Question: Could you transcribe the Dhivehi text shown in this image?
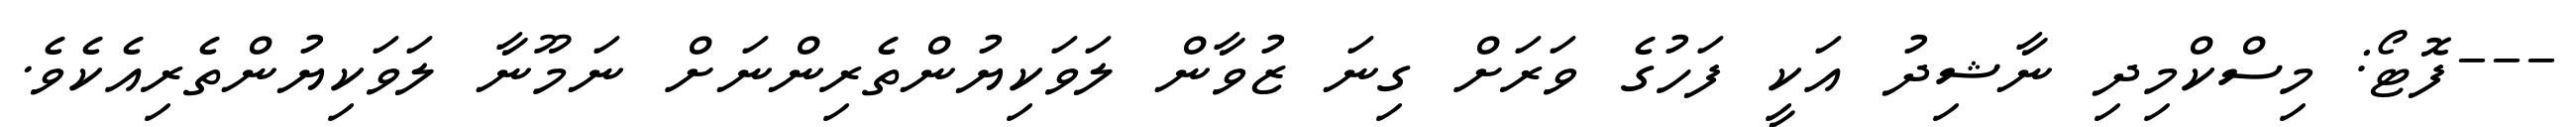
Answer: ---ފޮޓޯ: މިސްކްމިދި ނާޝިދު އަކީ ފަހުގެ ވަރަށް ގިނަ ޒުވާން ލަވަކިޔުންތެރިންނަށް ނަމޫނާ ލަވަކިޔުންތެރިއެކެވެ.